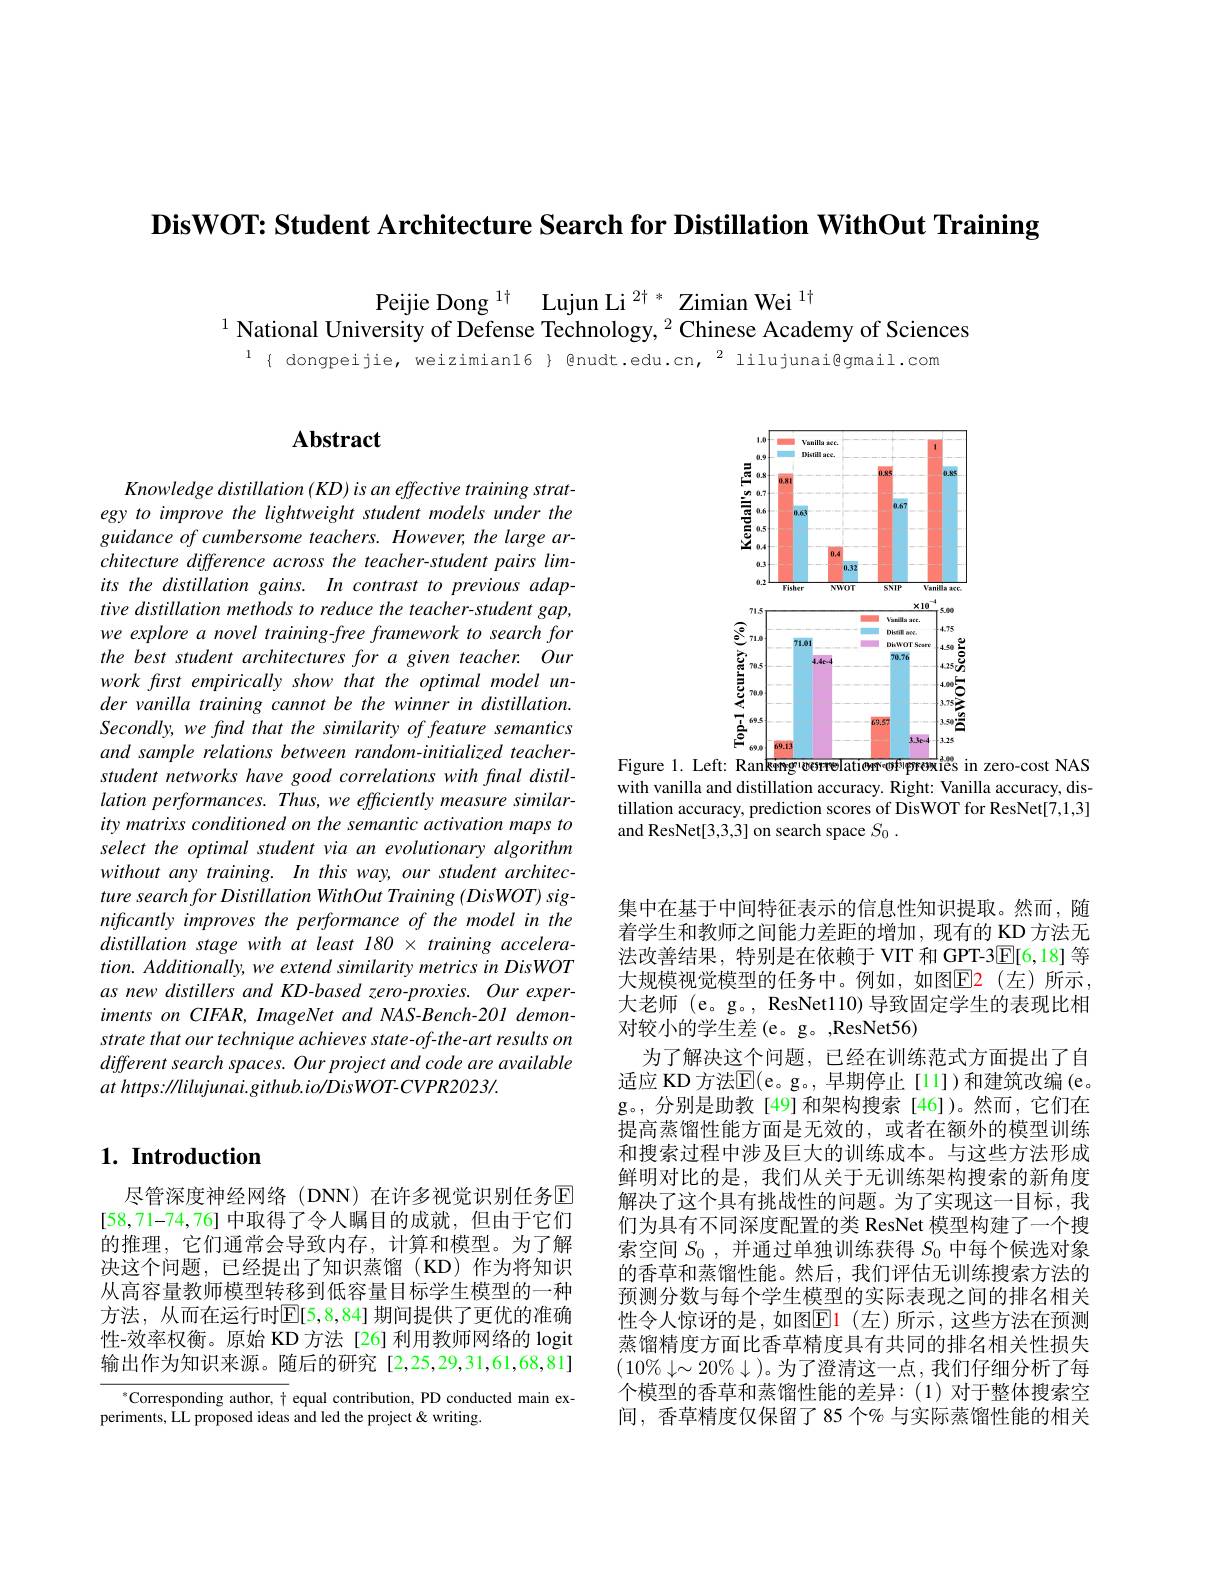
DisWOT: Student Architecture Search for Distillation WithOut Training

Peijie Dong $^{1\dagger}$ Lujun Li $^{2\dagger*}$ Zimian Wei $^{1\dagger}$
$^{1}$ National University of Defense Technology, $^2$ Chinese Academy of Sciences

$^{1}${ dongpeijie, weizimian16} @nudt.edu.cn, $^2$ lilujunai@gmail.com

<FigureHere>
Figure 1. Left: Rankmg'worrelatiem'oprewies in zero-cost NAS

with vanilla and distillation accuracy. Right: Vanilla accuracy, distillation accuracy, prediction scores of DisWOT for ResNet[7,1,3] and ResNet[3,3,3] on search space $S_0.$

## $\mathbf{Abstract}$

Knowledge distillation ( KD) is an effective training strategy to improve the lightweight student models under the guidance of cumbersome teachers. However, the large architecture difference across the teacher-student pairs limits the distillation gains. In contrast to previous adaptive distillation methods to reduce the teacher-student gap, we explore a novel training-free framework to search for the best student architectures for a given teacher. Our work first empirically show that the optimal model under vanilla training cannot be the winner in distillation. Secondly, we find that the similarity of feature semantics and sample relations between random-initialized teacherstudent networks have good correlations with final distillation performances. Thus, we efficiently measure similarity matrixs conditioned on the semantic activation maps to select the optimal student via an evolutionary algorithm without any training. In this way, our student architecture search for Distillation WithOut Training (DisWOT) significantly improves the performance of the model in the distillation stage with at least 180 × training accelera- $tion. \textit{ Additionally, we extend similarity metrics in DisWOT}$ as new distillers and KD-based zero-proxies. Our exper- $imentsonCIFAR,ImageNetandNAS-Bench-201demon-$ strate that our technique achieves state-of-the-art results on different search spaces. Our project and code are available $at$ $https: / / lilujunai. github. io/ DisWOT- CVPR2023/ .$

## $1. \textbf{Introduction}$

尽管深度神经网络(DNN)在许多视觉识别任务回[58,71-74,76]中取得了令人瞩目的成就，但由于它们的推理，它们通常会导致内存，计算和模型。为了解决这个问题，已经提出了知识蒸馏(KD)作为将知识从高容量教师模型转移到低容量目标学生模型的一种方法，从而在运行时$\mathbb{E}[5,8,84]$ 期间提供了更优的准确性-效率权衡。原始 KD 方法[26] 利用教师网络的 logit 输出作为知识来源。随后的研究[2,25,29,31,61,68,81]

$^{*}$Corresponding author, $\dagger$ equal contribution, PD conducted main ex-
periments, LL proposed ideas and led the project&writing.

集中在基于中间特征表示的信息性知识提取。然而，随着学生和教师之间能力差距的增加，现有的 KD 方法无法改善结果，特别是在依赖于 VIT 和 GPT-3$\underline{\mathrm{E}}[6,18]$等大规模视觉模型的任务中。例如，如图$\color{red}{\mathrm{E}}$2(左)所示， 大老师 (e。g。, ResNetl10) 导致固定学生的表现比相对较小的学生差(e。g。,ResNet56)
为了解决这个问题，已经在训练范式方面提出了自适应 KD 方法$\mathbb{E}($e。g。,早期停止[11])和建筑改编(e。g。,分别是助教[49]和架构搜索[46])。然而，它们在提高蒸馏性能方面是无效的，或者在额外的模型训练和搜索过程中涉及巨大的训练成本。与这些方法形成鲜明对比的是，我们从关于无训练架构搜索的新角度解决了这个具有挑战性的问题。为了实现这一目标，我们为具有不同深度配置的类 ResNet 模型构建了一个搜索空间$S_0$ ,并通过单独训练获得$S_{0}$中每个候选对象的香草和蒸馏性能。然后，我们评估无训练搜索方法的预测分数与每个学生模型的实际表现之间的排名相关性令人惊讶的是，如图$\color{red}{\mathrm{E}}\color{blue}{\mathrm{1~(左)}}$所示，这些方法在预测蒸馏精度方面比香草精度具有共同的排名相关性损失$(10\%\downarrow\sim20\%\downarrow)$。为了澄清这一点，我们仔细分析了每个模型的香草和蒸馏性能的差异：(1)对于整体搜索空间，香草精度仅保留了85 个% 与实际蒸馏性能的相关